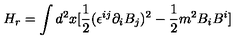
H _ { r } = \int d ^ { 2 } x [ \frac { 1 } { 2 } ( \epsilon ^ { i j } \partial _ { i } B _ { j } ) ^ { 2 } - \frac { 1 } { 2 } m ^ { 2 } B _ { i } B ^ { i } ]